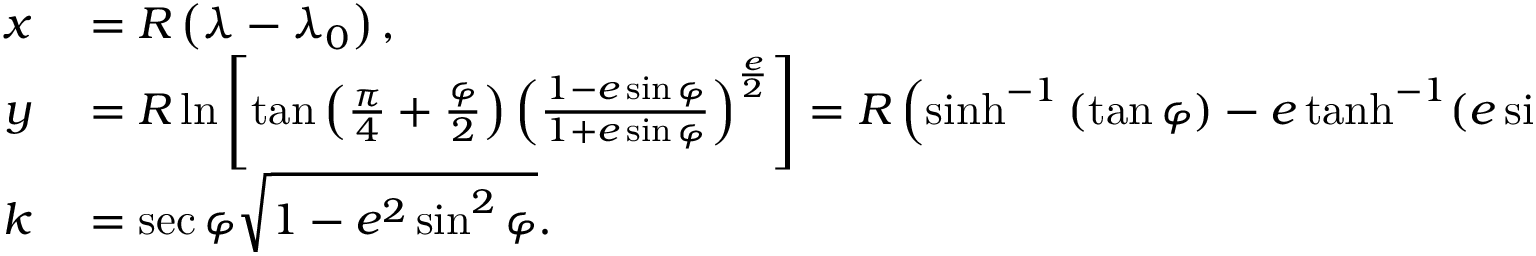
\begin{array} { r l } { x } & { { } = R \left( \lambda - \lambda _ { 0 } \right) , } \\ { y } & { { } = R \ln \left[ \tan \left( { \frac { \pi } { 4 } } + { \frac { \varphi } { 2 } } \right) \left( { \frac { 1 - e \sin \varphi } { 1 + e \sin \varphi } } \right) ^ { \frac { e } { 2 } } \right] = R \left( \sinh ^ { - 1 } \left( \tan \varphi \right) - e \operatorname { t a n h } ^ { - 1 } ( e \sin \varphi ) \right) , } \\ { k } & { { } = \sec \varphi { \sqrt { 1 - e ^ { 2 } \sin ^ { 2 } \varphi } } . } \end{array}